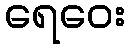
ရေဝေး